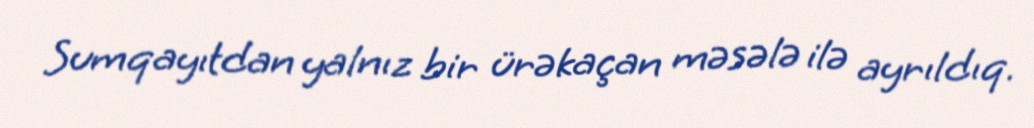
Sumqayıtdan yalnız bir ürəkaçan məsələ ilə ayrıldıq.